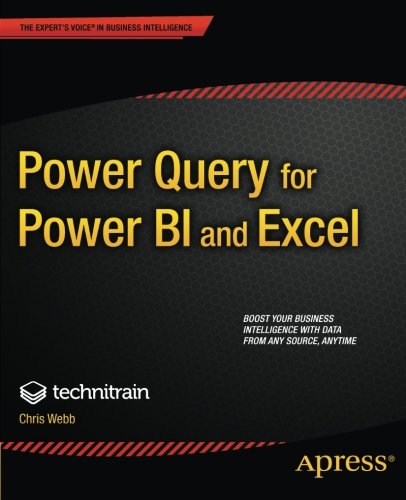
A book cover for Power Query for Power BI and Excel; Christopher Webb; Computers & Technology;